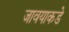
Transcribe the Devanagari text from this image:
जावयाकडे